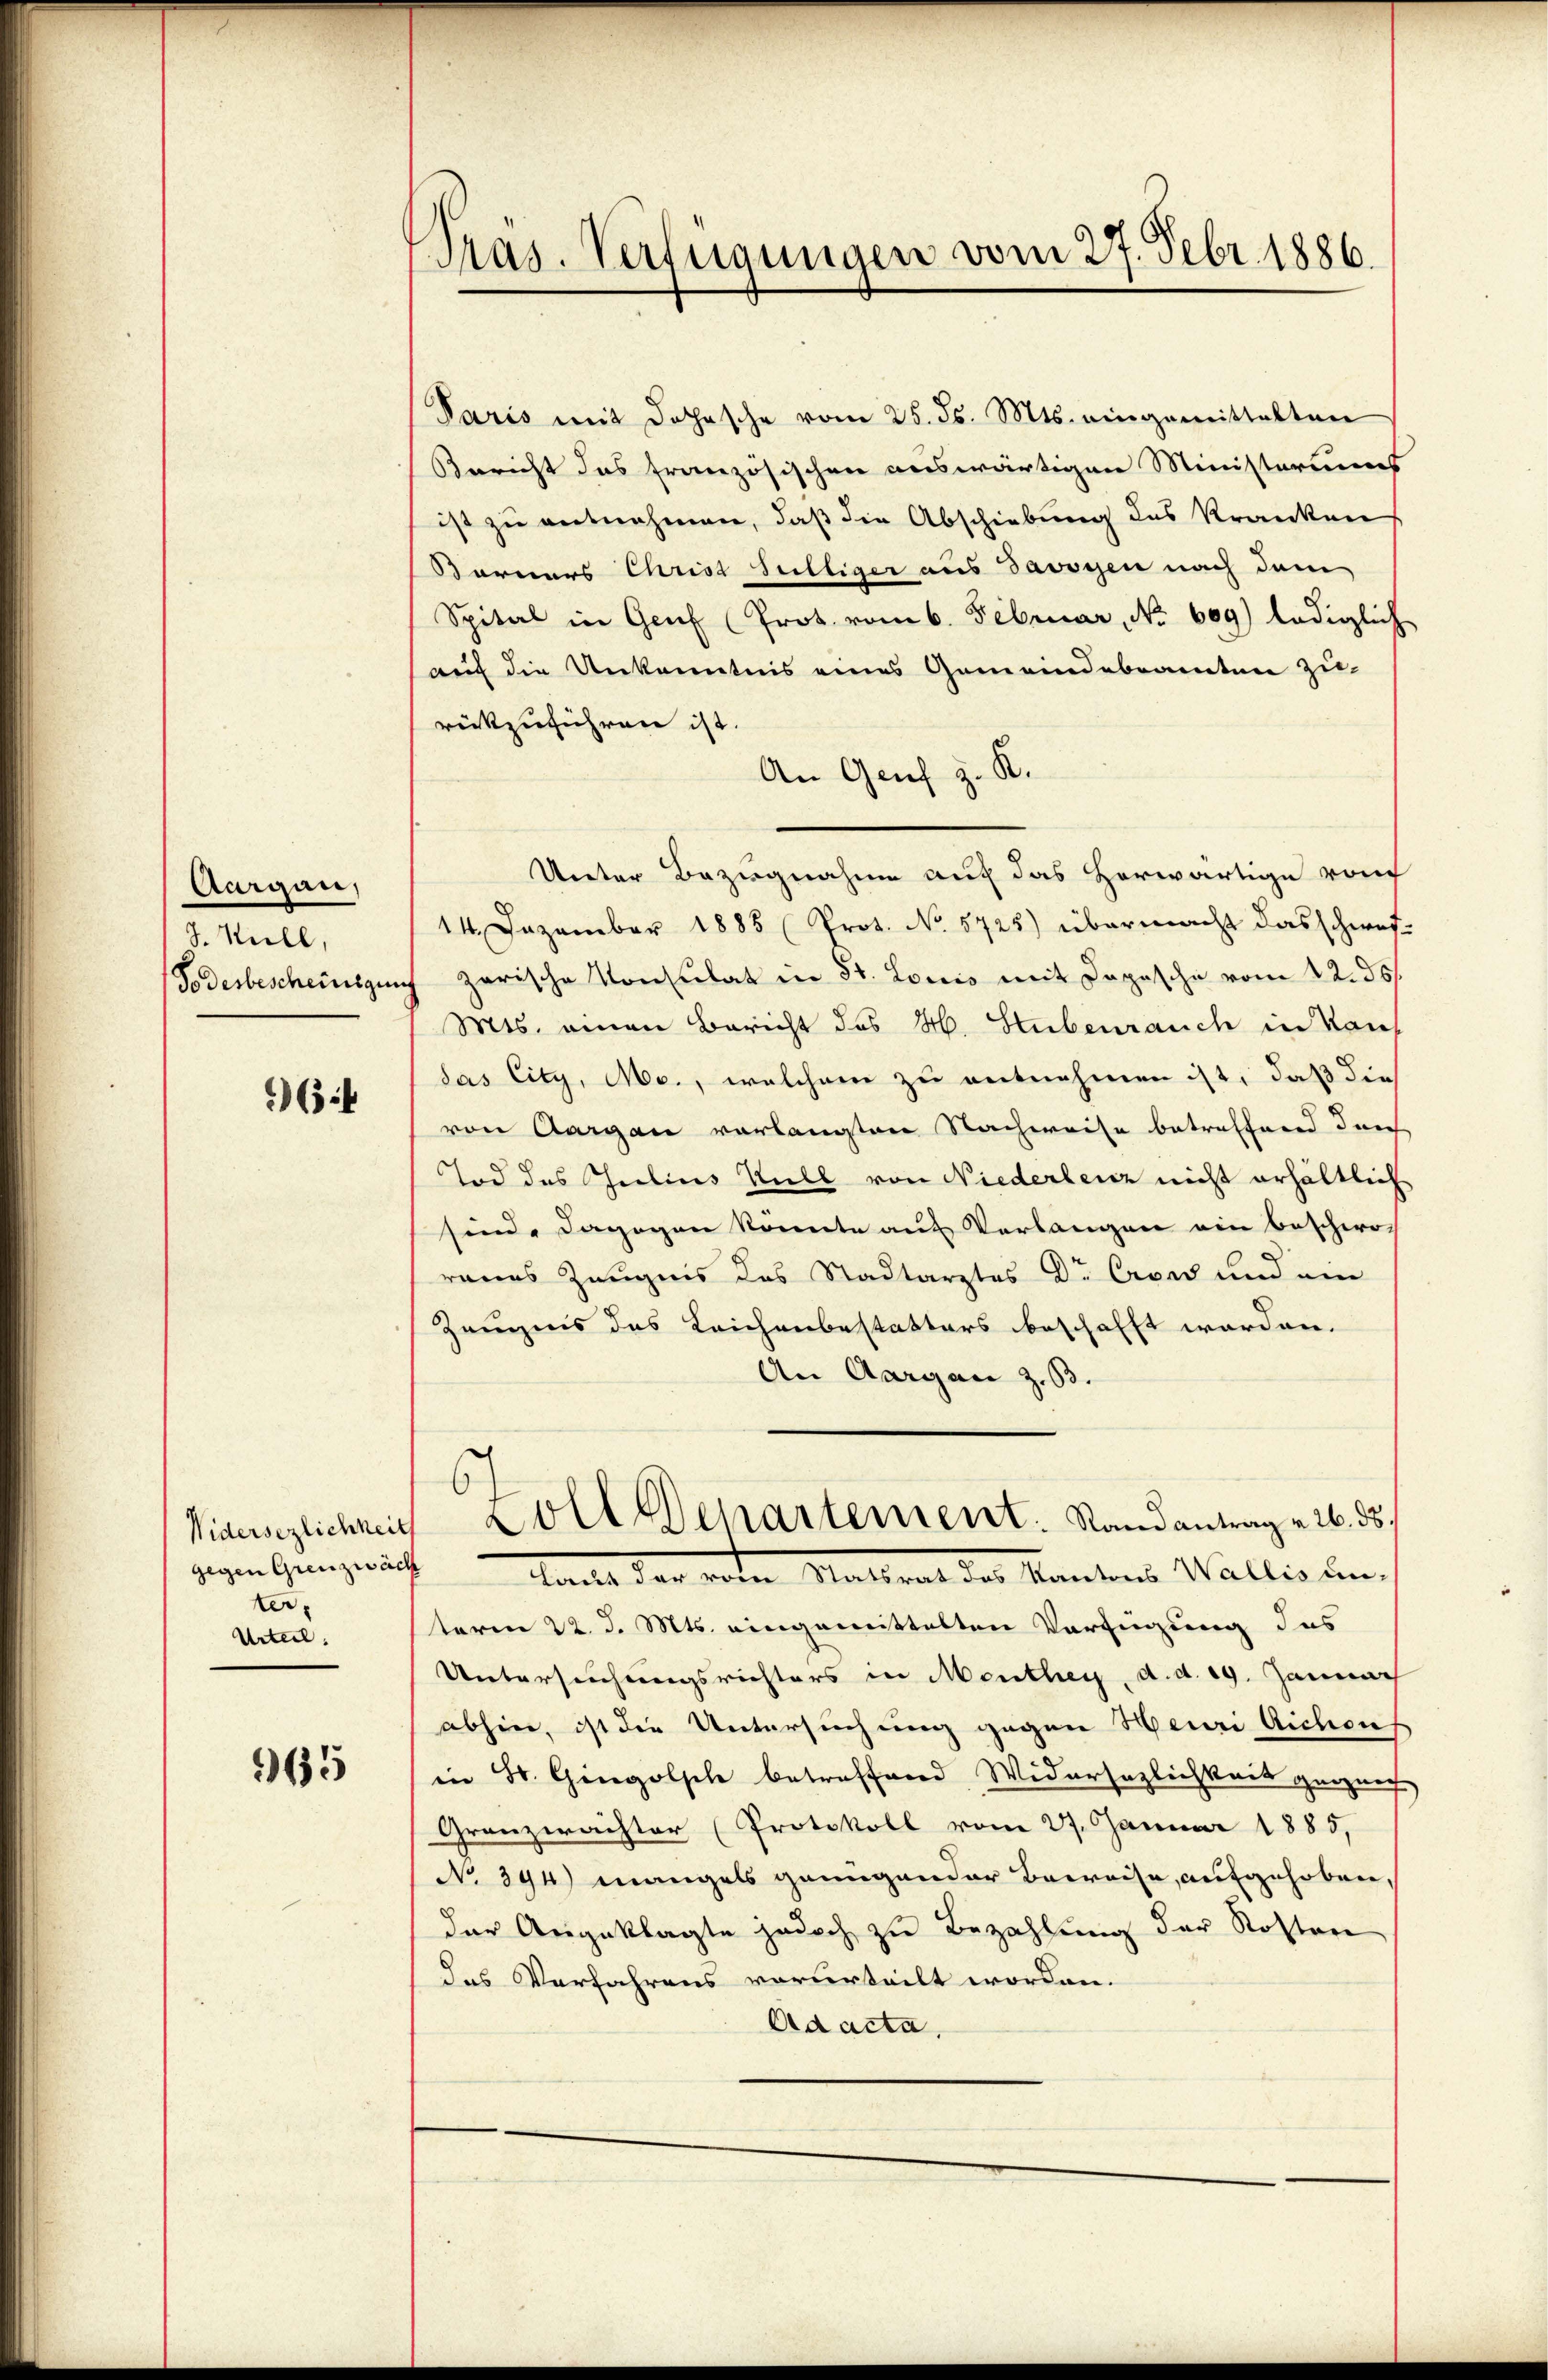
Aargau,
J. Keell,

64

Widersezlichkeit
ter
Urteil.

965

Präs. Verfügungen vom 27. Febr. 1886.

Paris mit Dahhasche vom 25. ds. Mts. eingemittelten
Bericht das französischen auswärtigen Ministeriums
ist zu entnehmen, daß die Abschiebung des Kranken
Borners Christ Sultiger aus Savoyen nach dem
Spital in Genf (Prot. vom 6. Februar, No 609) lediglich
auf die Unkenntnis eines Gemeindebeamten zu-
rückzuführen ist.
An Genf z. K.
Unter Bezugnahme auf das Horwärtige von
14. Dezember 1885 (Prot. No 5725) übermacht das schwef
Todesbescheinsgerich zerische Konsulat in St. Louis mit Dapasche vom 22. ds.
Mts. einen Bericht des H. Stubenrauch in Kant
das City, Mc., welchem zu entnehmen ist, daß die
von Aargau vorlangten Nachweise betreffend durch
Tod des Seelins Viell von Niederlenz nicht erhältlich
sind, dagegen könnte aus Verlangen ein beschwor
ranes Zeugnis des Stadtarztes Dr Crow und ein
Zeugnis das Leichenbestatters beschafft worden.
An Aargau z. B.
Zoll Departement: Randantrag v. 26. ds.
zigen Ganzeicht tacht der von Waltrat des Kantons Wallis un
sterm 22. d. Mts. eingemittelten Verfügung das
Untersuchungsrichters in Menthey, d. d. 29. Januar
abhin, ist die Untersuchung gegen Heuri Aichen
in St. Gingolsch betreffend Widersezlichkeit gerneh
Granzwachter (Protokoll vom 27. Januar 1885,
No 394) Mangels genügender Beweise, aufgehoben,
der Angeklagte jedoch zu Bezahlung der Kosten
das Verfahrens vorurteilt worden.
Ad acta,